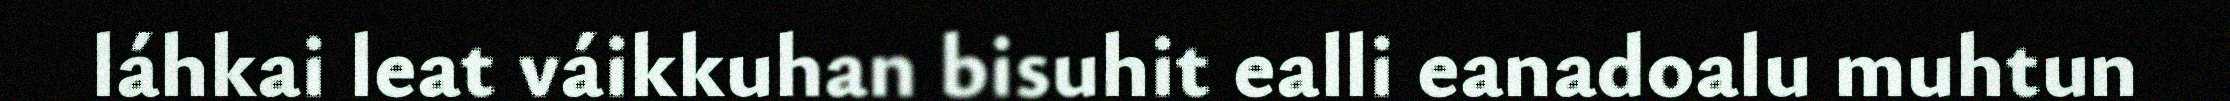
láhkai leat váikkuhan bisuhit ealli eanadoalu muhtun